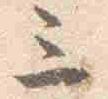
三